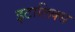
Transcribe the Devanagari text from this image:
इटालिक्स